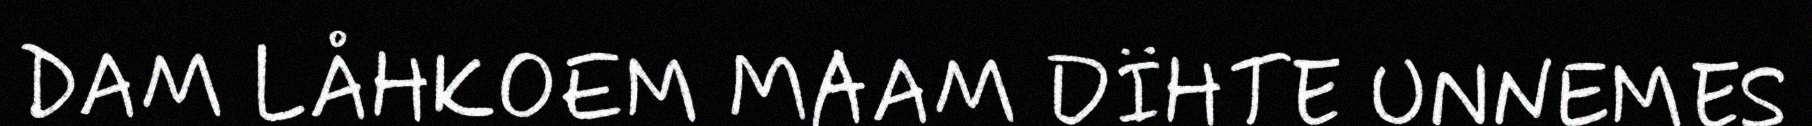
DAM LÅHKOEM MAAM DÏHTE UNNEMES